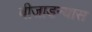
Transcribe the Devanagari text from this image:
बीजाडन्यास